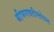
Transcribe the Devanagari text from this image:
श्रीभगवतीस्तोत्रम